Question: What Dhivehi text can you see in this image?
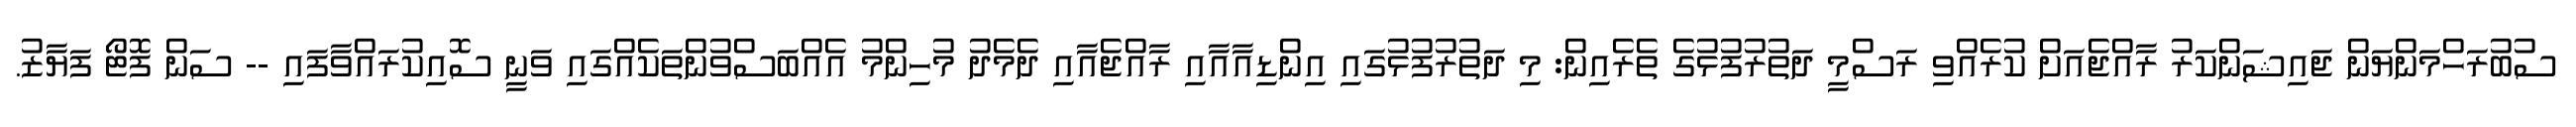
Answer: ސުބުރަހްމަންޔަން ޖައިޝަންކަރު ރާއްޖެއަށް ކުރެއްވި ރަސްމީ ދަތުރުފުޅުގެ ތެރެއިން: މި ދަތުރުފުޅުގައި އިންޑިއާއާއި ރާއްޖެއާއި ދެމެދު މުހިންމު އެއްބަސްވުންތަކެއްގައި ވަނީ ސޮއިކުރައްވާފައި -- ސަން ފޮޓޯ ފަޔާޒު.